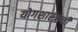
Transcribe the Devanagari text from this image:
योगशास्त्राची